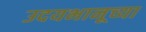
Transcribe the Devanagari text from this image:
उदयभानूच्या